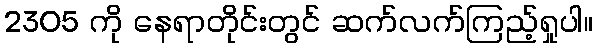
2305 ကို နေရာတိုင်းတွင် ဆက်လက်ကြည့်ရှုပါ။